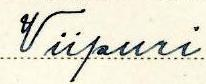
Viipuri